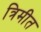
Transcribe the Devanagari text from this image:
त्रिमीत